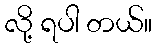
လို့ ရပါ တယ်။